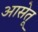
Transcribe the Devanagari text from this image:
आसेतू